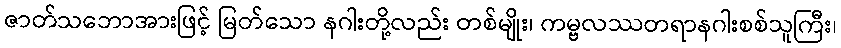
ဇာတ်သဘောအားဖြင့် မြတ်သော နဂါးတို့လည်း တစ်မျိုး၊ ကမ္ဗလဿတရာနဂါးစစ်သူကြီး၊